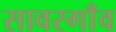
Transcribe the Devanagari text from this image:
सावरगाँव